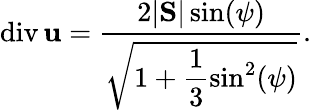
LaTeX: \mathrm{div}\, {\mathbf u}=\frac{2|\mathrm{\mathbf S}|\sin(\psi)}{\sqrt{1+\displaystyle\frac{1}{3}\sin^{2}(\psi)}}.